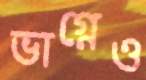
ভাগ্নেও